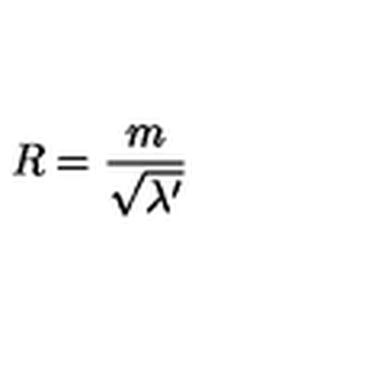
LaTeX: R = { \frac { m } { \sqrt { \lambda ^ { \prime } } } }